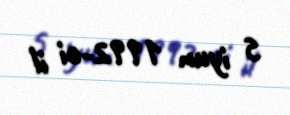
5 iyun 1992-ci il